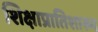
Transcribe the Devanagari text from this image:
शिक्षाप्रातिशाख्य